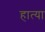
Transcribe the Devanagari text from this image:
हात्या